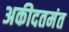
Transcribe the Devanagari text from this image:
अकीदतमंत